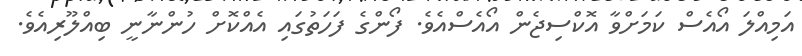
އަމިއްލަ އޯއެސް ކަމަށްވާ އޮކްސިޖެން އޯއެސްއެވެ. ފޯންގެ ފަހަތުގައި އެއްކޮށް ހުންނާނީ ބިއްލޫރިއެވެ.